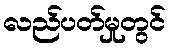
လည်ပတ်မှုတွင်